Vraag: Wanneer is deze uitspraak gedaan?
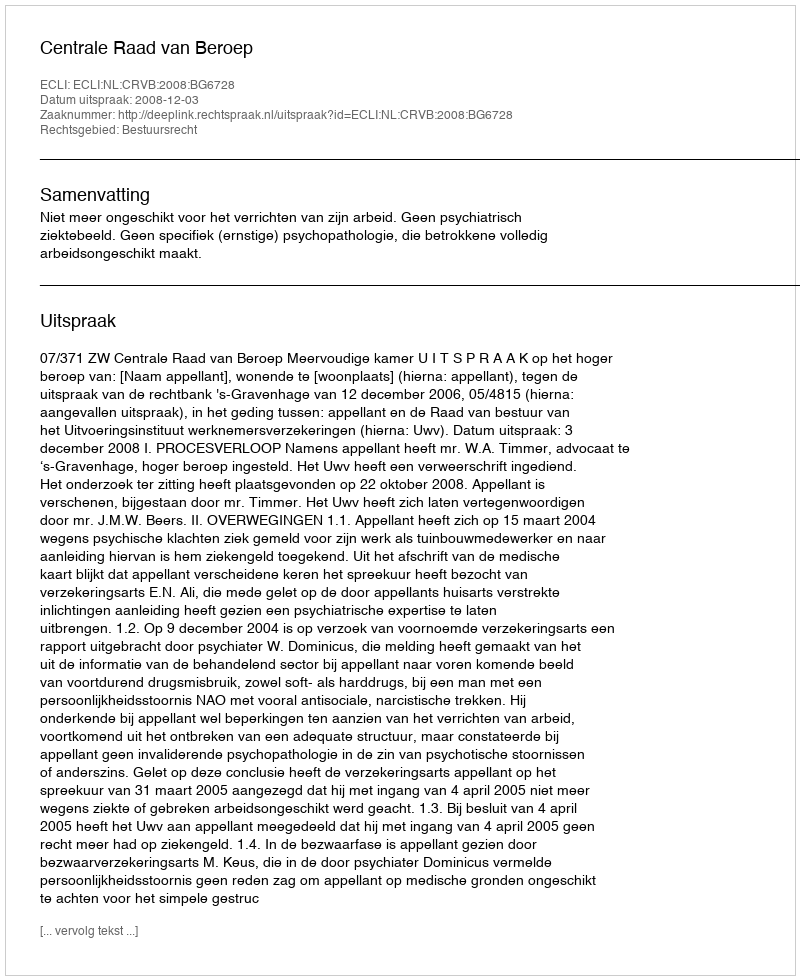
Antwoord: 2008-12-03